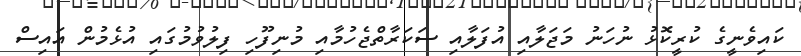
ކައިވެނީގެ ކުރީކޮޅު ނުހަނު މަޖަލާއި އުފަލާއި ސަކަރާތްޖެހުމާއި މުނިފޫހި ފިލުވުމުގައި އުޅެމުން އައިސް